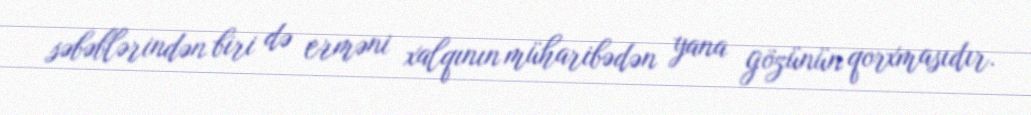
səbəblərindən biri də erməni xalqının müharibədən yana gözünün qorxmasıdır.